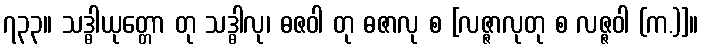
၇၃၃။ သဒ္ဓါယုတ္တော တု သဒ္ဓါလု၊ ဓဇဝါ တု ဓဇာလု စ [လဇ္ဇာလုတု စ လဇ္ဇဝါ (က.)]။